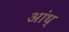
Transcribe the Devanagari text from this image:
आंध्